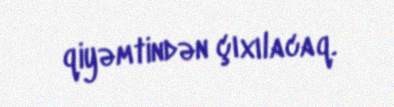
qiyəmtindən çıxılacaq.